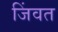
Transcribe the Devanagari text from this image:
जिंवत